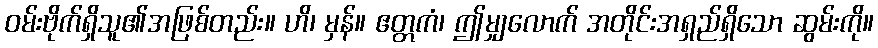
ဝမ်းဗိုက်ရှိသူ၏အဖြစ်တည်း။ ဟိ၊ မှန်။ ဧတ္တကံ၊ ဤမျှလောက် အတိုင်းအရှည်ရှိသော ဆွမ်းကို။